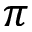
\pi